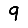
Digit: 9